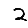
Digit: 2